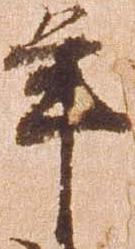
年